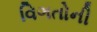
વિગતોની